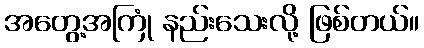
အတွေ့အကြုံ နည်းသေးလို့ ဖြစ်တယ်။